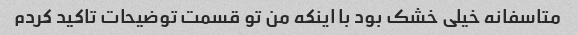
متاسفانه خیلی خشک بود با اینکه من تو قسمت توضیحات تاکید کردم